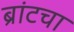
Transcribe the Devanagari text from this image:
ब्रांटचा